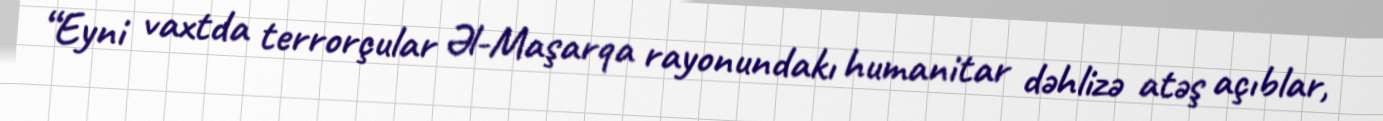
“Eyni vaxtda terrorçular Əl-Maşarqa rayonundakı humanitar dəhlizə atəş açıblar,